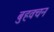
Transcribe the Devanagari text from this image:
बुहवचन